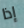
إذا